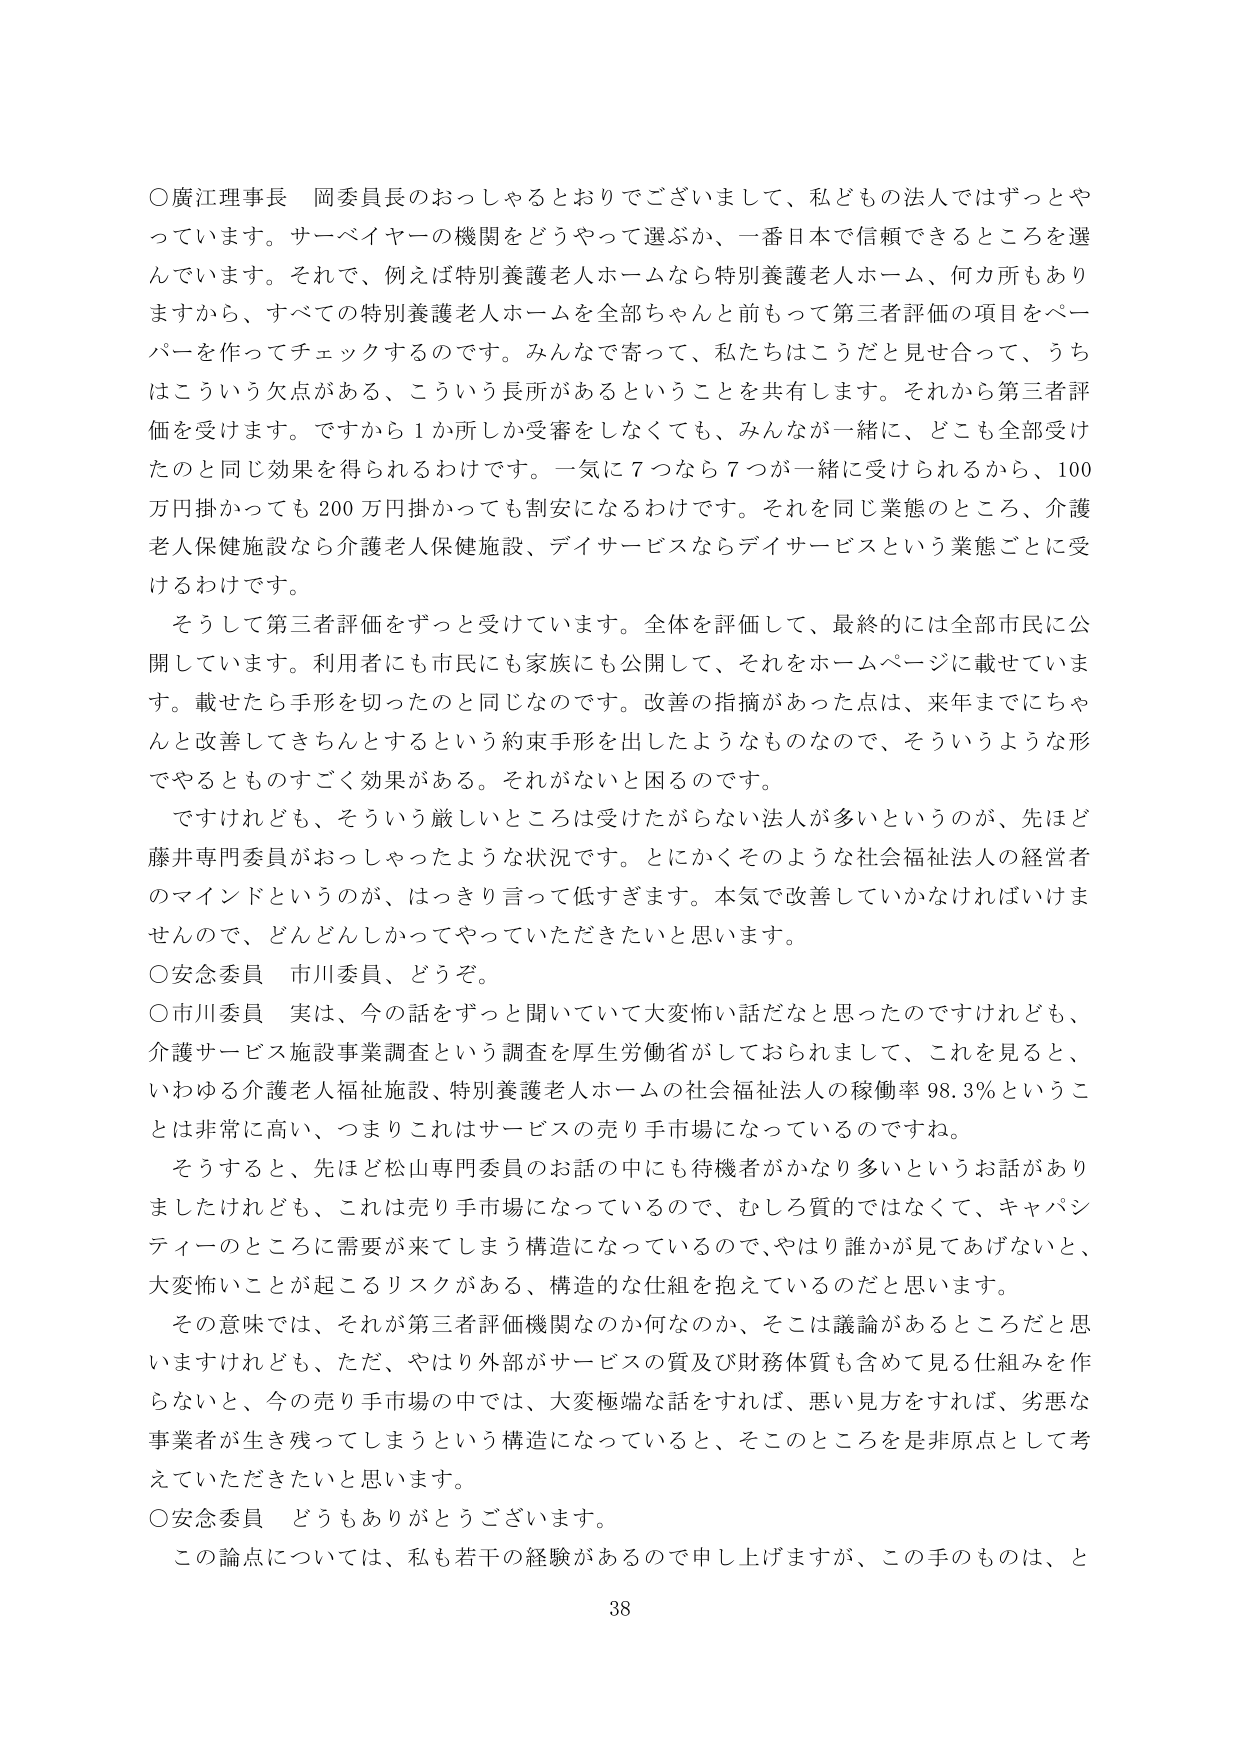
○廣江理事長　岡委員長のおっしゃるとおりでございまして、私どもの法人ではずっとやっていきます。サーベイヤーの機関をどうやって選ぶか、一番日本で信頼できるところを選んでいます。それで、例えば特別養護老人ホームなら特別養護老人ホーム、何カ所もありますから、すべての特別養護老人ホームを全部ちゃんと前もって第三者評価の項目をペーパーを作ってチェックするのです。みんなで寄って、私たちはこうだと見せ合って、うちはこういう欠点がある、こういう長所があるということを共有します。それから第三者評価を受けます。ですから1か所しか受審をしなくても、みんなが一緒に、どこも全部受けたのと同じ効果を得られるわけです。一気に7つなら7つが一緒に受けられるから、100万円掛かっても200万円掛かっても割安になるわけです。それを同じ業態のところ、介護老人保健施設なら介護老人保健施設、デイサービスならデイサービスという業態ごとに受けるわけです。

　そうして第三者評価をずっと受けています。全体を評価して、最終的には全部市民に公開しています。利用者にも市民にも家族にも公開して、それをホームページに載せています。載せたら手形を切ったのと同じなのです。改善の指摘があった点は、来年までにちゃんと改善してきちんとするとという約束手形を出したようなものなので、そういうような形でやるとものすごく効果がある。それがないと困るのです。

　ですけれども、そういう厳しいところは受けたがらない法人が多いというのが、先ほど藤井専門委員がおっしゃったような状況です。とにかくそのような社会福祉法人の経営者のマインドというのが、はっきり言って低すぎます。本気で改善していかなければいけませんので、どんどんしかってやっていただきたいと思います。

○安念委員　市川委員、どうぞ。

○市川委員　実は、今の話をずっと聞いていて大変怖い話だなと思ったのですけれども、介護サービス施設事業調査という調査を厚生労働省がしておられまして、これを見ると、いわゆる介護老人福祉施設、特別養護老人ホームの社会福祉法人の稼働率98.3％ということは非常に高い、つまりこれはサービスの売り手市場になっているのですね。

　そうすると、先ほど松山専門委員のお話の中にも待機者がかなり多いというお話がありましたけれども、これは売り手市場になっているので、むしろ質的ではなくて、キャパシティのところに需要が来てしまう構造になっているので、やはり誰かが見てあげないと、大変怖いことが起こるリスクがある、構造的な仕組を抱えているのだと思います。

　その意味では、それが第三者評価機関なのか何なのか、そこは議論があるところだと思いますけれども、ただ、やはり外部がサービスの質及び財務体質も含めて見る仕組みを作らないと、今の売り手市場の中では、大変極端な話をすれば、悪い見方をすれば、劣悪な事業者が生き残ってしまうという構造になっていると、そこのところを是非原点として考えていただきたいと思います。

○安念委員　どうもありがとうございます。

　この論点については、私も若干の経験があるので申し上げますが、この手のものは、と

38